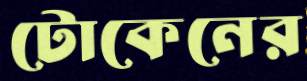
টোকেনের